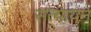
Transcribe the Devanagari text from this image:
सत्यायन